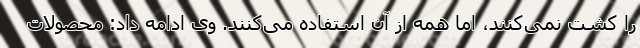
را کشت نمی‌کنند، اما همه از آن استفاده می‌کنند. وی ادامه داد: محصولات